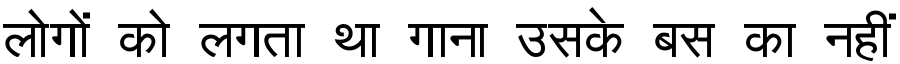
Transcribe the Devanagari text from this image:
लोगों को लगता था गाना उसके बस का नहीं